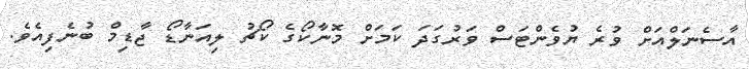
އާސެނަލްއަށް ވުރެ ޔުވެންޓަސް ވަރުގަދަ ކަމަށް މޮނާކޯގެ ކޯޗު ލިއަނާޑޯ ޖާޑިމް ބުނެފިއެވެ.